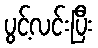
ပွင့်လင်းပြီး